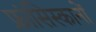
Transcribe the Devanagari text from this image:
फ्रांसिस्कानों